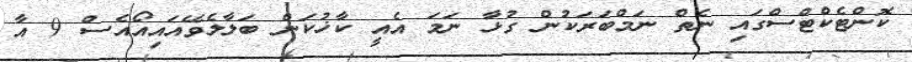
ކޮންޓެކްޓްސްގައި ނެތް ނަމްބަރަކުން ގުޅާ ނަމަ އެއީ ކާޚުކަން ބަލާލެވޭއައިއޯއެސް 9 އާ